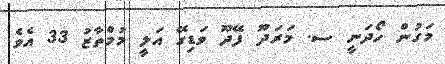
މަގުން ހޯދަނީ ސ. މަރަދޫ ފޭދޫ ވަޑިގޭ އަލީ މުމްތާޒު 33 އެވެ.